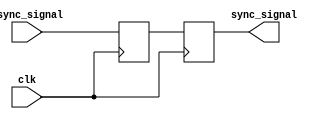
module master_slave_synchronizer (
    input wire clk,              // Clock signal
    input wire async_signal,     // Asynchronous input signal
    output reg sync_signal       // Synchronized output signal
);

    // Internal signals for master and slave flip-flops
    reg master_ff;               // Master flip-flop output

    // Master Flip-Flop: Capture input on rising edge of clock
    always @(posedge clk) begin
        master_ff <= async_signal; // Capture asynchronous signal
    end

    // Slave Flip-Flop: Capture master output on falling edge of clock
    always @(negedge clk) begin
        sync_signal <= master_ff;   // Transfer master output to synchronized output
    end

endmodule